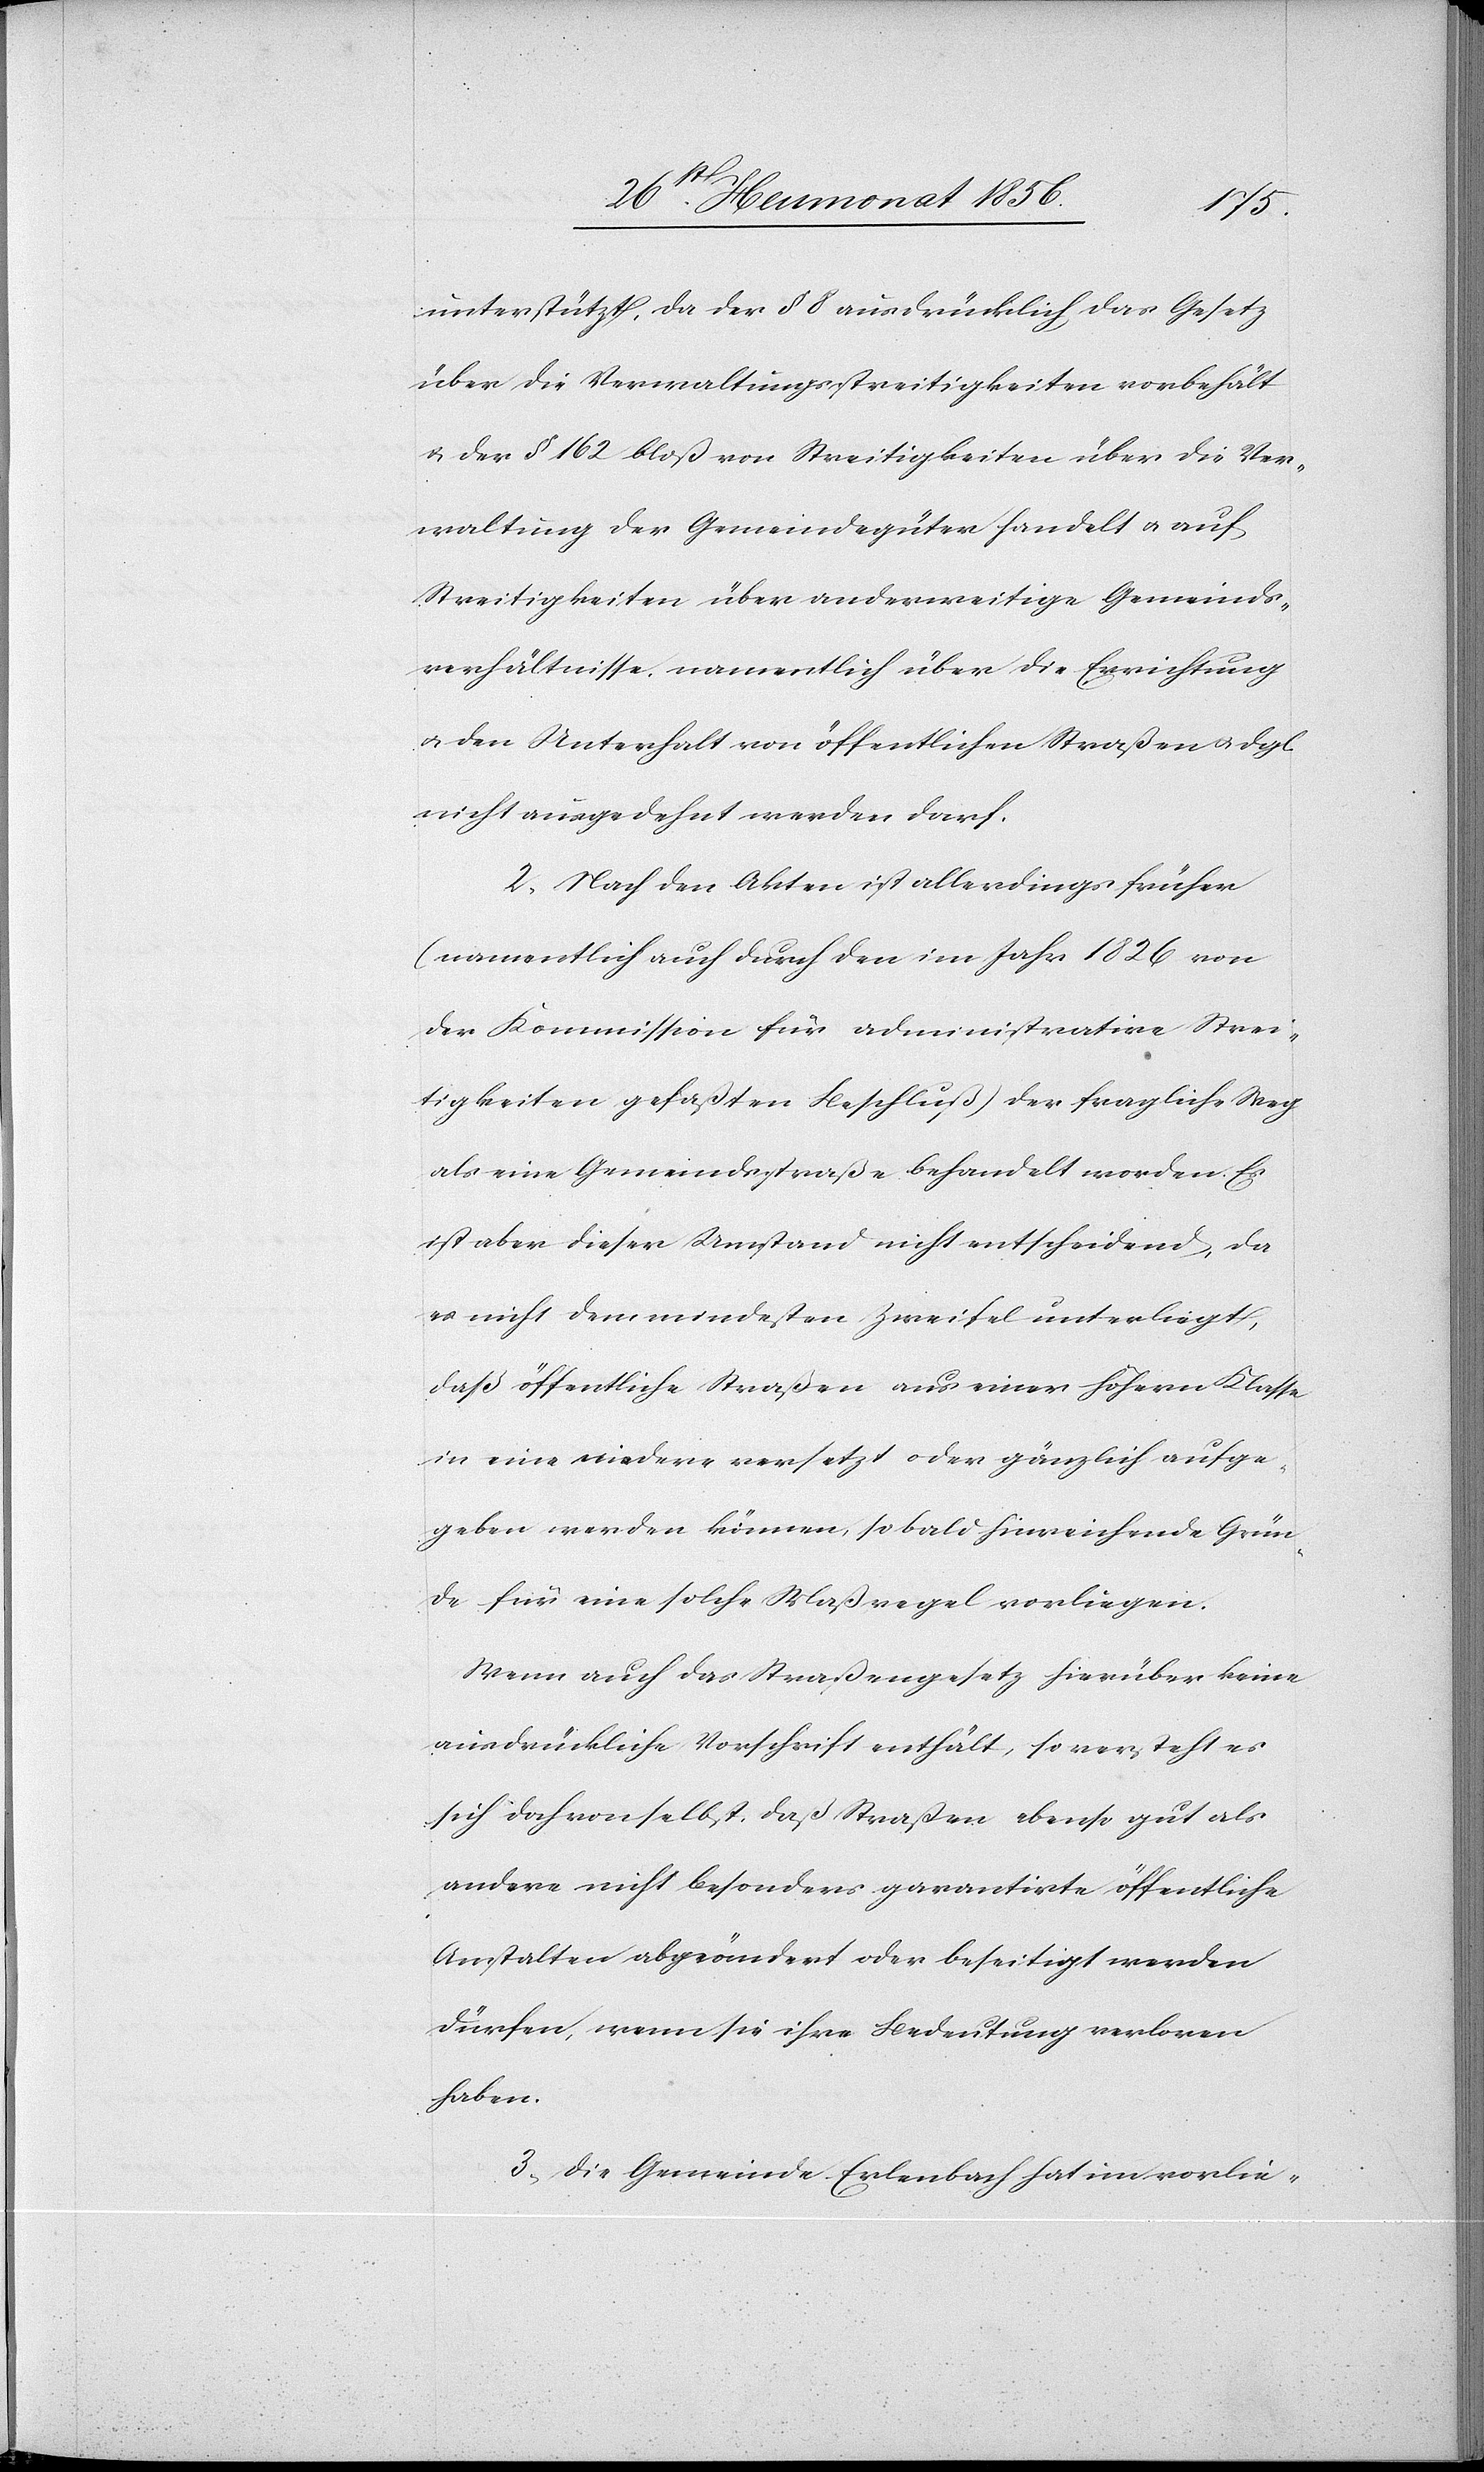
unterstützt, da der § 8 ausdrücklich das Gesetz
über die Verwaltungsstreitigkeiten vorbehält
u. der § 162 bloß von Streitigkeiten über die Ver¬
waltung der Gemeindegüter handelt u. auf
Streitigkeiten über anderweitige Gemeinds¬
verhältnisse, namentlich über die Errichtung
u. den Unterhalt von öffentlichen Straßen u. dgl
nicht ausgedehnt werden darf.
2.) Nach den Akten ist allerdings früher
(namentlich auch durch den im Jahr 1826 von
der Kommission für administrative Strei¬
tigkeiten gefaßten Beschluß) der fragliche Weg
als eine Gemeindsstraße behandelt worden. Es
ist aber dieser Umstand nicht entscheidend, da
es nicht dem mindesten Zweifel unterliegt,
daß öffentliche Straßen aus einer höhern Klasse
in eine niedere versetzt oder gänzlich aufge¬
geben werden können, sobald hinreichende Grün¬
de für eine solche Maßregel vorliegen.
Wenn auch das Straßengesetz hierüber keine
ausdrückliche Vorschrift enthält, so versteht es
sich doch von selbst, daß Straßen ebenso gut als
andere nicht besonders garantirte öffentliche
Anstalten abgeändert oder beseitigt werden
dürfen, wenn sie ihre Bedeutung verloren
haben.
3.) Die Gemeinde Erlenbach hat im vorlie-